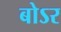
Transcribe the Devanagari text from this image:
बोऽर